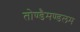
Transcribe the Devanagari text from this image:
तोण्डैमण्डलम